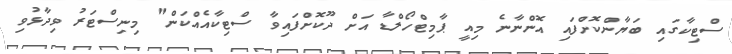
ސްޓިކާގައި ބަޔާންކޮށްފައި އޮންނާނެ މިއީ ޕާމިޓްހޯލްޑާ އަށް ދޫކޮށްފައިވާ ސްޓިކާއެއްކަން" މިނިސްޓަރު ވިދާޅުވި